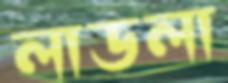
লাডলা